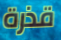
قذرة